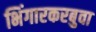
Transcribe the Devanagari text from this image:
भिंगारकरबुवा